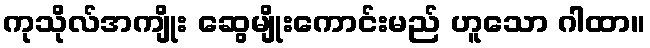
ကုသိုလ်အကျိုး ဆွေမျိုးကောင်းမည် ဟူသော ဂါထာ။